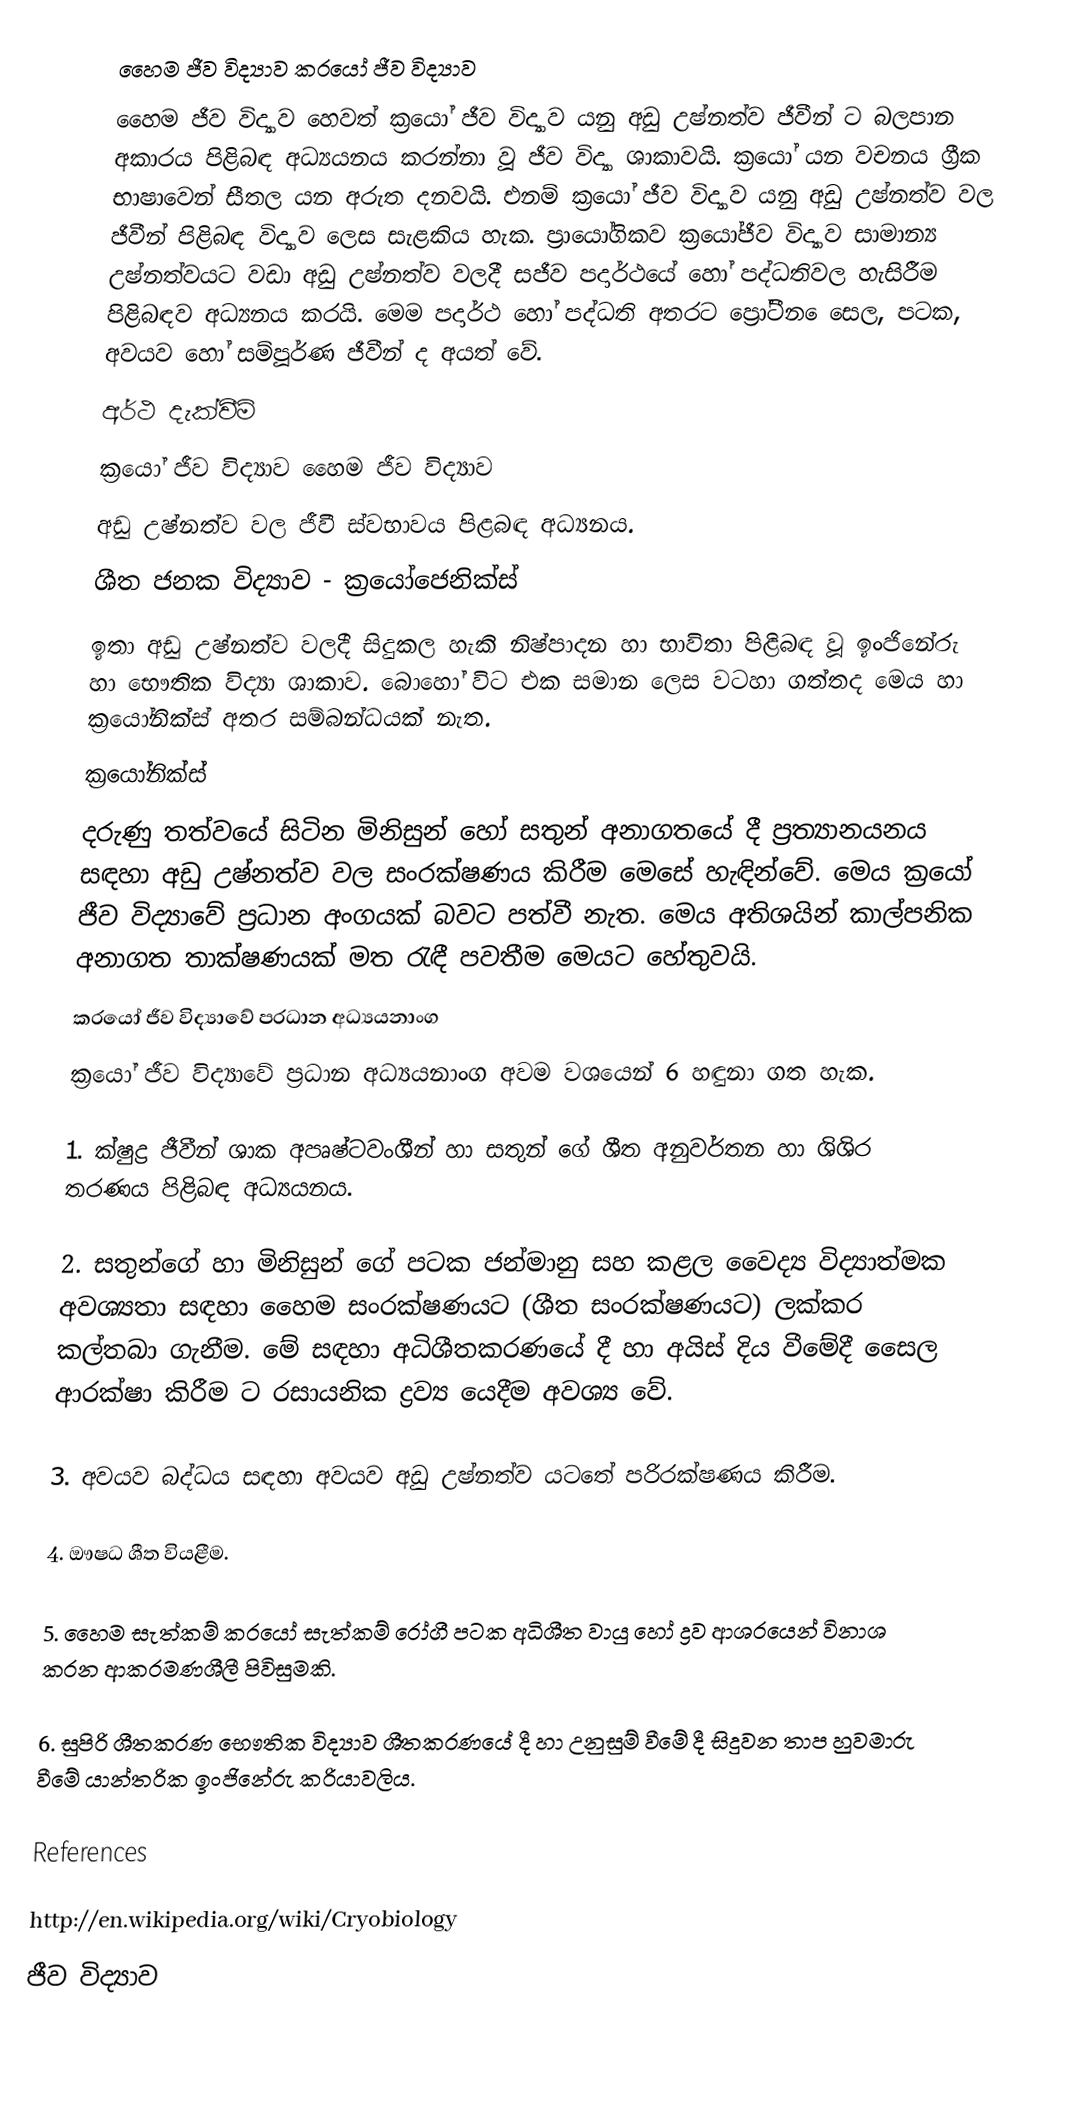
හෛම ජීව විද්‍යාව ක‍්‍රයෝ ජීව විද්‍යාව
හෛම ජීව විද්‍යාව හෙවත් ක‍්‍රයෝ ජීව විද්‍යාව යනු අඩු උෂ්නත්ව ජීවීන් ට බලපාන අකාරය පිළිබඳ අධ්‍යයනය කරන්නා වූ ජීව විද්‍යා ශාකාවයි. ක‍්‍රයෝ යන වචනය ග‍්‍රීක භාෂාවෙන් සීතල යන අරුත දනවයි. එනම් ක‍්‍රයෝ ජීව විද්‍යාව යනු අඩු උෂ්නත්ව වල ජීවීන් පිළිබඳ විද්‍යාව ලෙස සැළකිය හැක. ප‍්‍රායෝගිකව ක‍්‍රයෝජීව විද්‍යාව සාමාන්‍ය උෂ්නත්වයට වඩා අඩු උෂ්නත්ව වලදී සජීව පදාර්ථයේ හෝ පද්ධතිවල හැසිරීම පිළිබඳව අධ්‍යනය කරයි. මෙම පදාර්ථ හෝ පද්ධති අතරට ප්‍රෝටීන ෙසෙල, පටක, අවයව හෝ සම්පූර්ණ ජීවීන් ද අයත් වේ.
අර්ථ දැක්වීම්
ක‍්‍රයෝ ජීව විද්‍යාව හෛම ජීව විද්‍යාව
අඩු උෂ්නත්ව වල ජීවී ස්වභාවය පිළබඳ අධ්‍යනය.
ශීත ජනක විද්‍යාව - ක‍්‍රයෝජෙනික්ස්
ඉතා අඩු උෂ්නත්ව වලදී සිදුකල හැකි නිෂ්පාදන හා භාවිතා පිළිබඳ වූ ඉංජිනේරු හා භෞතික විද්‍යා ශාකාව. බොහෝ විට එක සමාන ලෙස වටහා ගත්තද මෙය හා ක‍්‍රයෝනික්ස් අතර සම්බන්ධයක් නැත.
ක‍්‍රයෝනික්ස්
දරුණු තත්වයේ සිටින මිනිසුන් හෝ සතුන් අනාගතයේ දී ප‍්‍රත්‍යානයනය සඳහා අඩු උෂ්නත්ව වල සංරක්ෂණය කිරීම මෙසේ හැඳින්වේ. මෙය ක‍්‍රයෝ ජීව විද්‍යාවේ ප‍්‍රධාන අංගයක් බවට පත්වී නැත. මෙය අතිශයින් කාල්පනික අනාගත තාක්ෂණයක් මත රැඳී පවතීම මෙයට හේතුවයි.
 ක‍්‍රයෝ ජීව විද්‍යාවේ ප‍්‍රධාන අධ්‍යයනාංග
ක‍්‍රයෝ ජීව විද්‍යාවේ ප‍්‍රධාන අධ්‍යයනාංග අවම වශයෙන් 6 හඳුනා ගත හැක.

1. ක්ෂුද්‍ර ජීවීන් ශාක අපෘෂ්ටවංශීන් හා සතුන් ගේ ශීත අනුවර්තන හා ශිශිර තරණය පිළිබඳ අධ්‍යයනය.

2. සතුන්ගේ හා මිනිසුන් ගේ පටක ජන්මානු සහ කළල වෛද්‍ය විද්‍යාත්මක අවශ්‍යතා සඳහා හෛම සංරක්ෂණයට (ශීත සංරක්ෂණයට) ලක්කර කල්තබා ගැනීම. මේ සඳහා අධිශීතකරණයේ දී හා අයිස් දිය වීමේදී සෛල ආරක්ෂා කිරීම ට රසායනික ද්‍රව්‍ය යෙදීම අවශ්‍ය වේ.

3. අවයව බද්ධය සඳහා අවයව අඩු උෂ්නත්ව යටතේ පරිරක්ෂණය කිරීම.

4. ඖෂධ ශීත වියළීම.

5. හෛම සැත්කම් ක‍්‍රයෝ සැත්කම් රෝගී පටක අධිශීත වායු හෝ ද්‍රව ආශ‍්‍රයෙන් විනාශ කරන ආක‍්‍රමණශීලී පිවිසුමකි.

6. සුපිරි ශීතකරණ භෞතික විද්‍යාව ශීතකරණයේ දී හා උනුසුම් වීමේ දී සිදුවන තාප හුවමාරු වීමේ යාන්ත‍්‍රික ඉංජිනේරු ක‍්‍රියාවලිය.

References

http://en.wikipedia.org/wiki/Cryobiology
ජීව විද්‍යාව